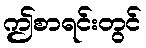
ဤစာရင်းတွင်